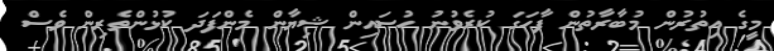
މީގެ އިތުރުން މުބާރާތުން ފާހަގަ ކުރެވުނު ހުސައިން ޝިޔާން މެންފަދަ ކުޅުންތެރިން ވެސް